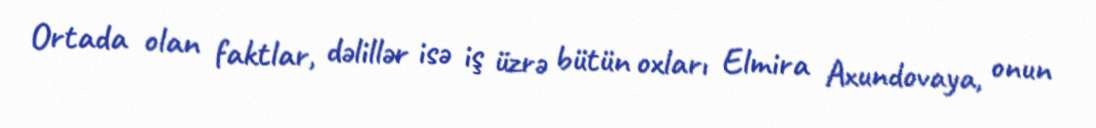
Ortada olan faktlar, dəlillər isə iş üzrə bütün oxları Elmira Axundovaya, onun